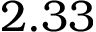
2 . 3 3